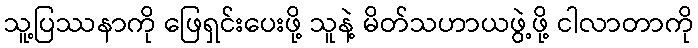
သူ့ပြဿနာကို ဖြေရှင်းပေးဖို့ သူနဲ့ မိတ်သဟာယဖွဲ့ဖို့ ငါလာတာကို